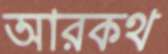
আরকথ